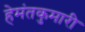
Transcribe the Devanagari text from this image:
हेमंतकुमारी